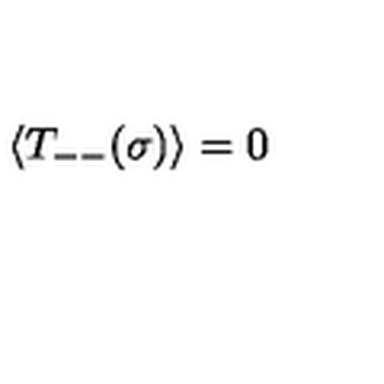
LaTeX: \: \langle T _ { -- } ( \sigma ) \rangle = 0 \: